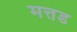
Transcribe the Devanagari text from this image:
मत्तड